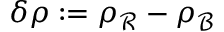
\delta \rho : = \rho _ { \mathcal R } - \rho _ { \mathcal B }